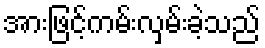
အားဖြင့်ကမ်းလှမ်းခဲ့သည်